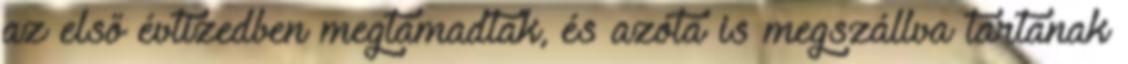
az első évtizedben megtámadtak, és azóta is megszállva tartanak